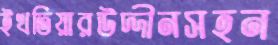
ইখতিয়ারউদ্দীনসহন